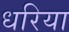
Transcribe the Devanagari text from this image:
धरिया